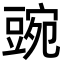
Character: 豌